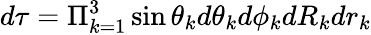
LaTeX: d\tau=\Pi_{k=1}^{3}\sin\theta_{k}d\theta_{k}d\phi_{k}dR_{k}dr_{k}